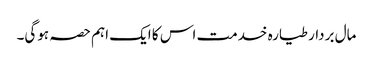
مال بردار طیارہ خدمت اس کا ایک اہم حصہ ہوگی۔